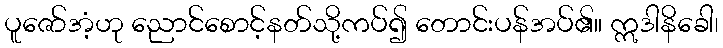
ပူဇော်အံ့ဟု ညောင်စောင့်နတ်သို့ကပ်၍ တောင်းပန်အပ်၏။ ဣဒါနိခေါ၊